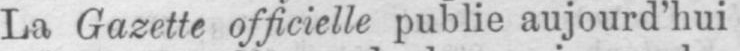
La Gazette officielle publie aujourd’hui